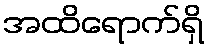
အထိရောက်ရှိ